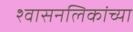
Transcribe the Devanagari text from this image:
श्‍वासनलिकांच्या